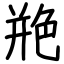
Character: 艵